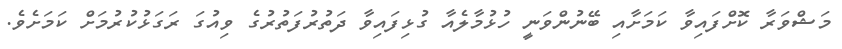
މަޝްވަރާ ކޮށްފައިވާ ކަމަށާއި ބޭނުންވަނީ ހުޅުމާލެއާ ގުޅިފައިވާ ދަތުރުފަތުރުގެ ވިއުގަ ރަަގަޅުކުރުމަށް ކަމަށެވެ.